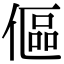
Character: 傴